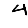
Digit: 4